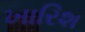
ખારિશ